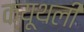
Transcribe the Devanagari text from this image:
क्यूथली